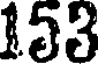
153